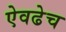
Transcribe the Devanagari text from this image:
ऐवढेच